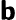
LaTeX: \boldsymbol{\mathsf{b}}